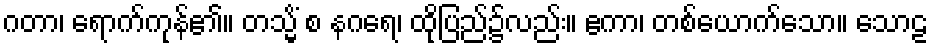
ဂတာ၊ ရောက်ကုန်၏။ တသ္မိံ စ နဂရေ၊ ထိုပြည်၌လည်း။ ဧကာ၊ တစ်ယောက်သော။ သောဠ